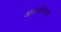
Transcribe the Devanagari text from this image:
आलफ़ॉन्सस